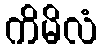
ကိမိလံ